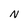
Character: N